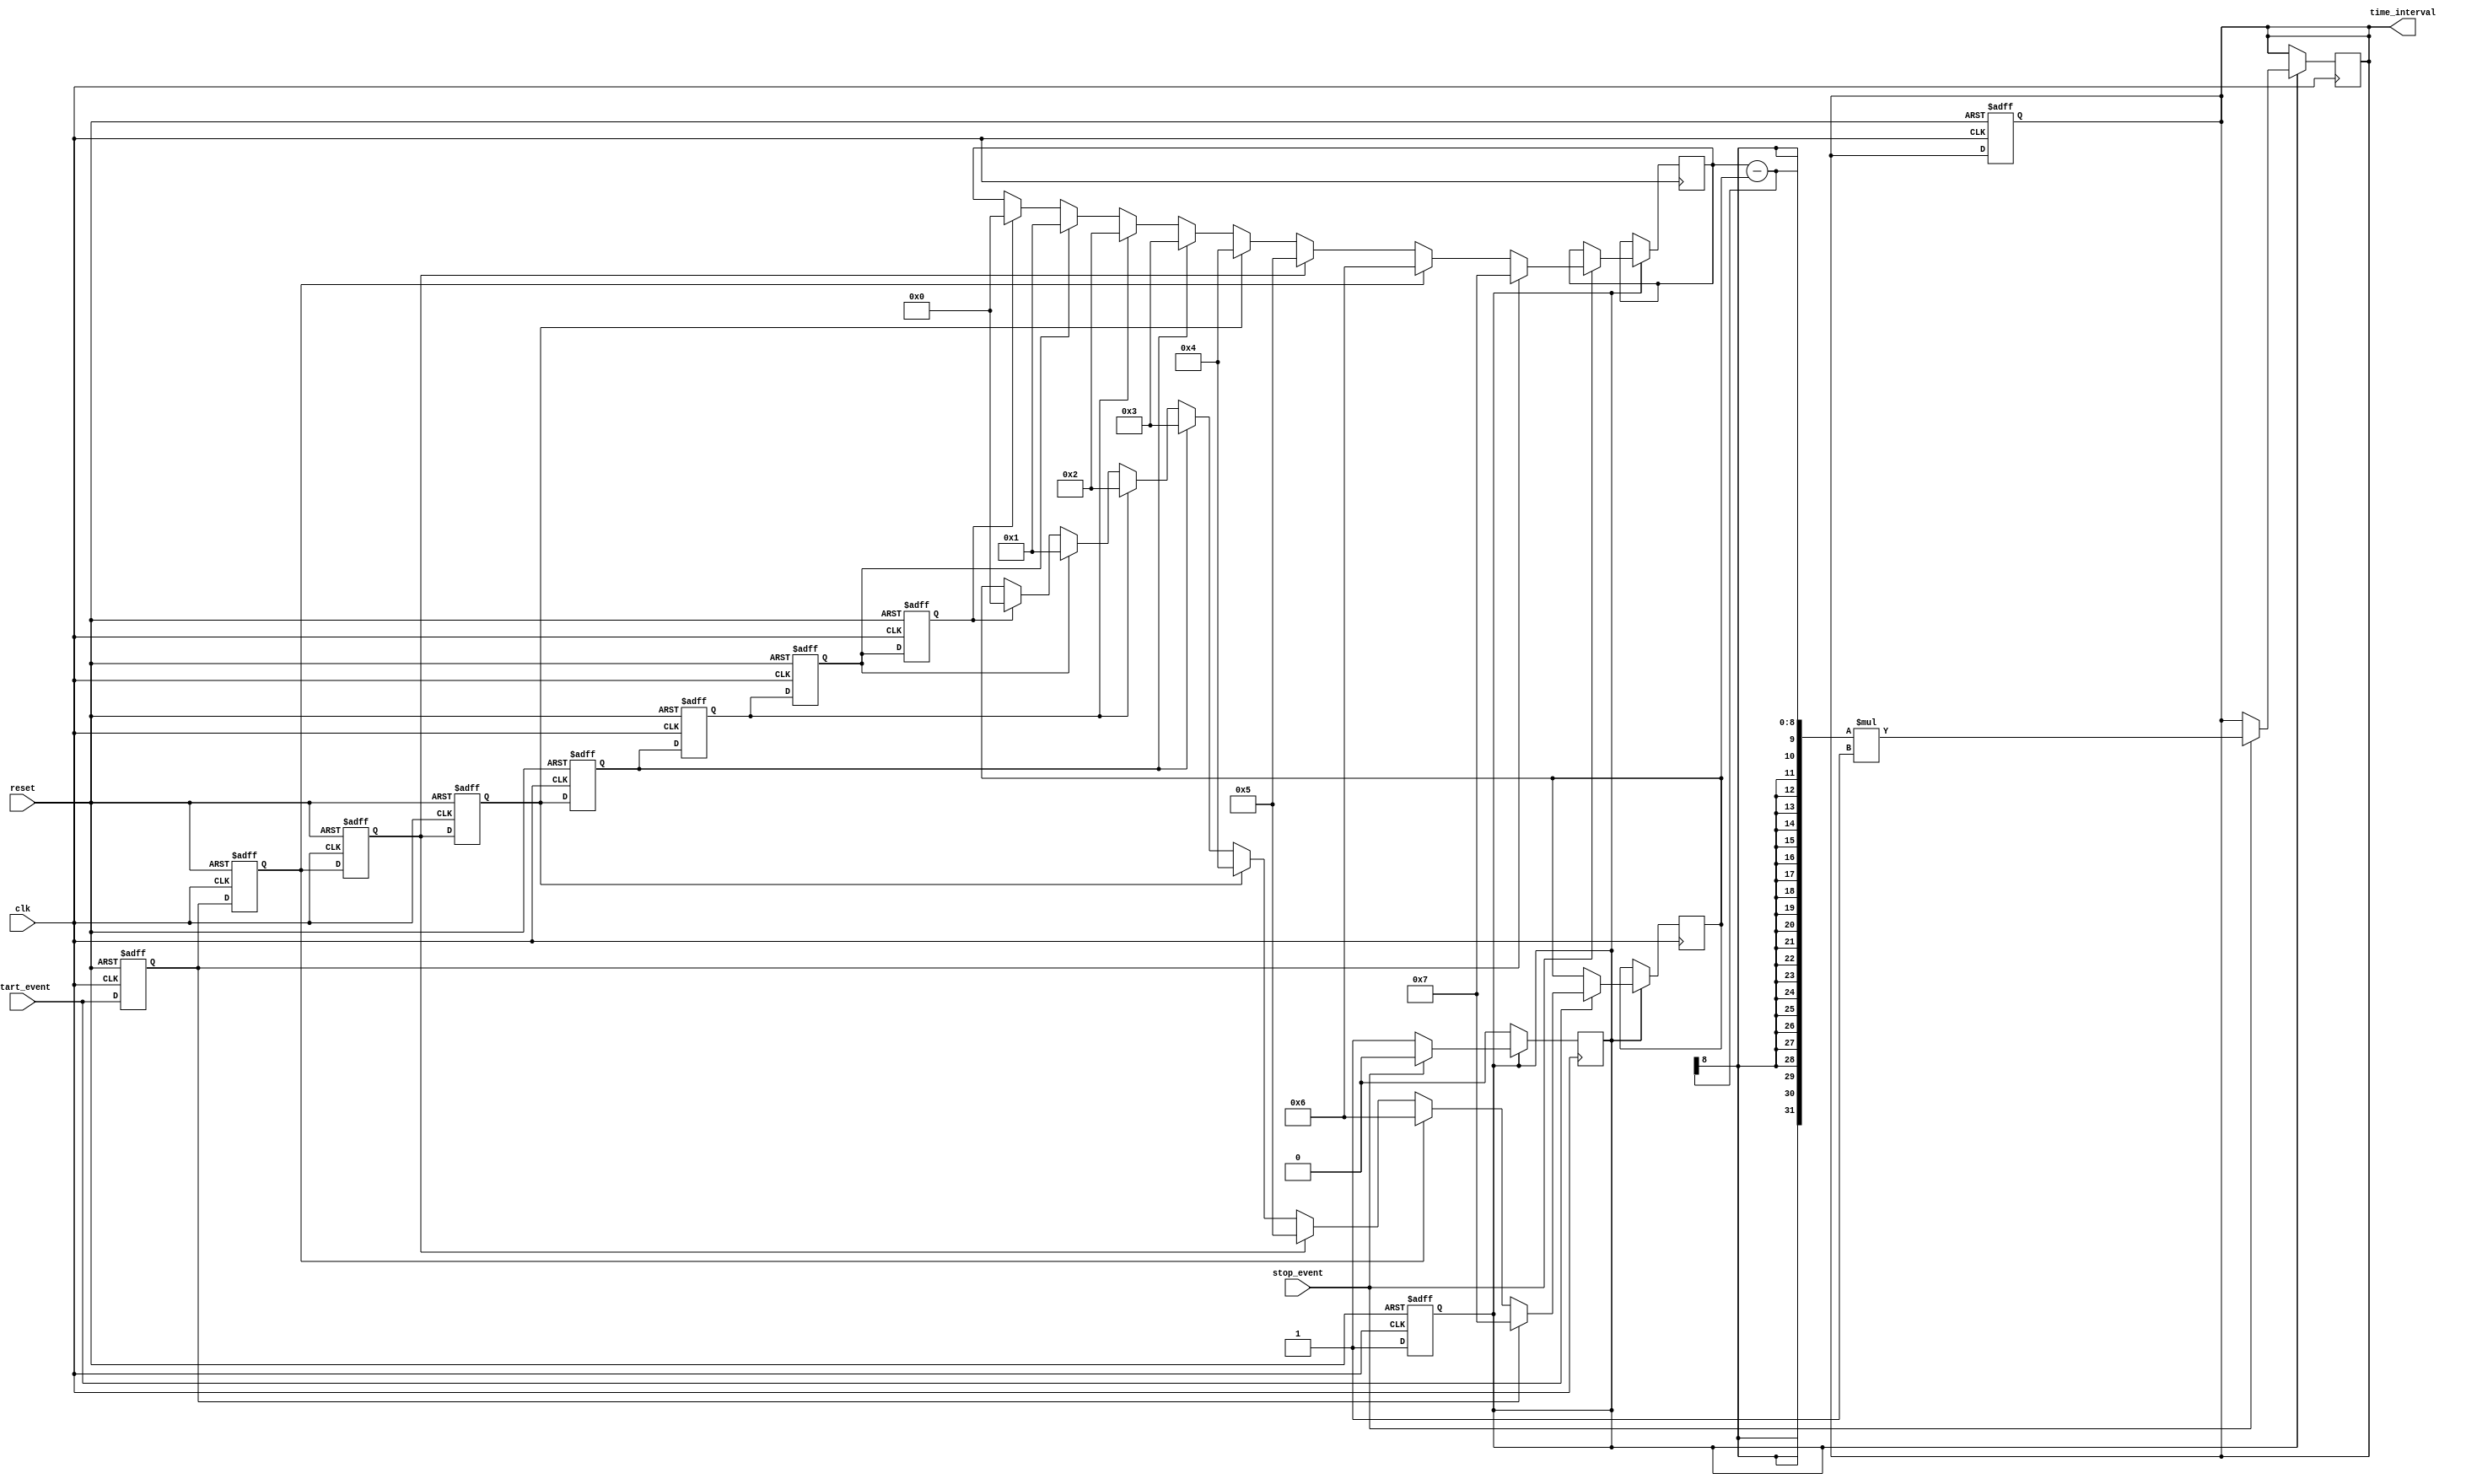
module TDC (
    input wire clk,                // Sampling clock
    input wire reset,              // Reset signal
    input wire start_event,        // Start event signal
    input wire stop_event,         // Stop event signal
    output reg [N-1:0] time_interval // Output time interval
);
    parameter N = 8;               // Number of delay stages
    parameter DELAY_RESOLUTION = 1; // Resolution of each delay stage (in time units)
    
    reg [N-1:0] delay_line [0:N-1]; // Delay line array
    reg [N-1:0] start_index;        // Index for start event
    reg [N-1:0] stop_index;         // Index for stop event
    reg [N-1:0] counter;            // Counter for delay stages triggered
    reg sampling;                   // Sampling flag
    integer i;

    // Initialize delay line and counter
    initial begin
        for (i = 0; i < N; i = i + 1) begin
            delay_line[i] = 1'b0; // Initialize delay line to 0
        end
        counter = 0;
        time_interval = 0;
    end

    // Generate delay line outputs based on the clock
    always @(posedge clk or posedge reset) begin
        if (reset) begin
            for (i = 0; i < N; i = i + 1) begin
                delay_line[i] <= 1'b0;
            end
            counter <= 0;
            time_interval <= 0;
            sampling <= 0;
        end else begin
            // Shift the delay line
            for (i = 0; i < N-1; i = i + 1) begin
                delay_line[i] <= delay_line[i+1];
            end
            delay_line[N-1] <= start_event; // Load the start event into the last stage
            sampling <= 1; // Set sampling flag
        end
    end

    // Capture start and stop events
    always @(posedge clk) begin
        if (sampling) begin
            // Capture start event index
            if (start_event) begin
                for (i = 0; i < N; i = i + 1) begin
                    if (delay_line[i] == 1'b1) begin
                        start_index <= i; // Capture the index of the start event
                    end
                end
            end
            
            // Capture stop event index
            if (stop_event) begin
                for (i = 0; i < N; i = i + 1) begin
                    if (delay_line[i] == 1'b1) begin
                        stop_index <= i; // Capture the index of the stop event
                    end
                end
                // Calculate time interval
                time_interval <= (stop_index - start_index) * DELAY_RESOLUTION;
                sampling <= 0; // Clear sampling flag
            end
        end
    end
endmodule